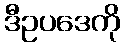
ဒီဥပဒေကို